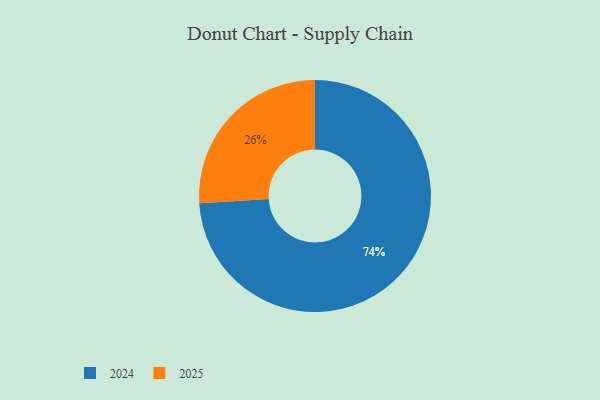
{"axis": {"x": "Category", "y": "Percentage"}, "legend": ["2024", "2025"], "data": [{"x": "2024", "y": 74, "type": "2024"}, {"x": "2025", "y": 26, "type": "2025"}]}